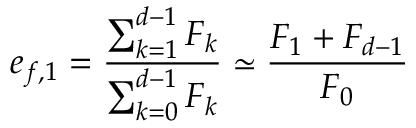
e _ { f , 1 } = \frac { \sum _ { k = 1 } ^ { d - 1 } F _ { k } } { \sum _ { k = 0 } ^ { d - 1 } F _ { k } } \simeq \frac { F _ { 1 } + F _ { d - 1 } } { F _ { 0 } }